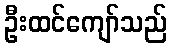
ဦးထင်ကျော်သည်